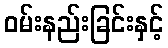
ဝမ်းနည်းခြင်းနှင့်